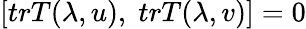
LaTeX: \left[trT(\lambda,u),\; trT(\lambda,v)\right]=0